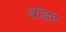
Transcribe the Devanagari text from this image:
वांडर